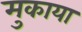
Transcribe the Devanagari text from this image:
मुकाया